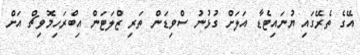
އޭގެ ތެރޭގައި ޔުނައިޓެޑާ އަލަށް ގުޅުނު ސްވިޑަން ތަރި ޒްލަޓަން އިބްރަހިމޮވިޗް އަށް